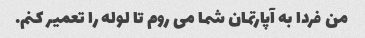
من فردا به آپارتمان شما می روم تا لوله را تعمیر کنم.